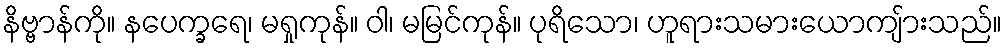
နိဗ္ဗာန်ကို။ နပေက္ခရေ၊ မရှုကုန်။ ဝါ၊ မမြင်ကုန်။ ပုရိသော၊ ဟူရားသမားယောကျ်ားသည်။